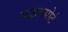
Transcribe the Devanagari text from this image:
वाइसपोर्ट